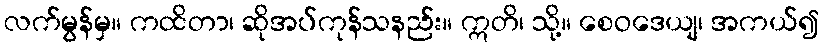
လက်မွန်မှ။ ကထိတာ၊ ဆိုအပ်ကုန်သနည်း။ ဣတိ၊ သို့။ စေဝဒေယျ၊ အကယ်၍